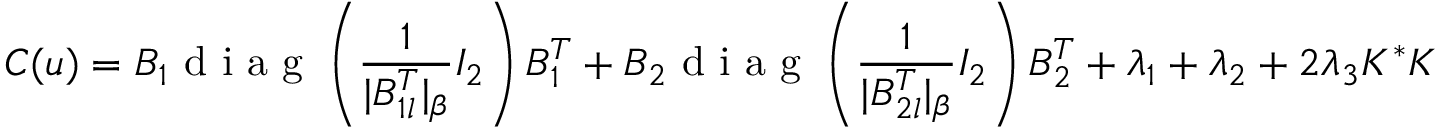
C ( u ) = B _ { 1 } \textrm { d i a g } \left( \frac { 1 } { | B _ { 1 l } ^ { T } | _ { \beta } } I _ { 2 } \right) B _ { 1 } ^ { T } + B _ { 2 } \textrm { d i a g } \left( \frac { 1 } { | B _ { 2 l } ^ { T } | _ { \beta } } I _ { 2 } \right) B _ { 2 } ^ { T } + \lambda _ { 1 } + \lambda _ { 2 } + 2 \lambda _ { 3 } K ^ { * } K